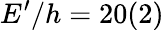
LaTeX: E^{\prime}/h=20(2)